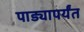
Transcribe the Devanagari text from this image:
पाड्यापर्यंत